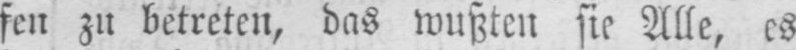
fen zu betreten, das wußten sie Alle, es